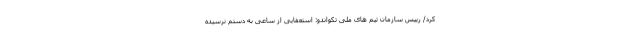
کرد/ رییس سازمان تیم های ملی تکواندو: استعفایی از ساعی به دستم نرسیده